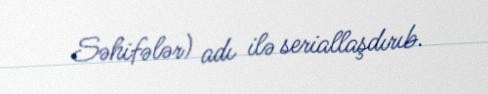
Səhifələr) adı ilə seriallaşdırıb.